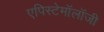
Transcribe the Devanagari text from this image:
एपिस्टेमॉलॉजी